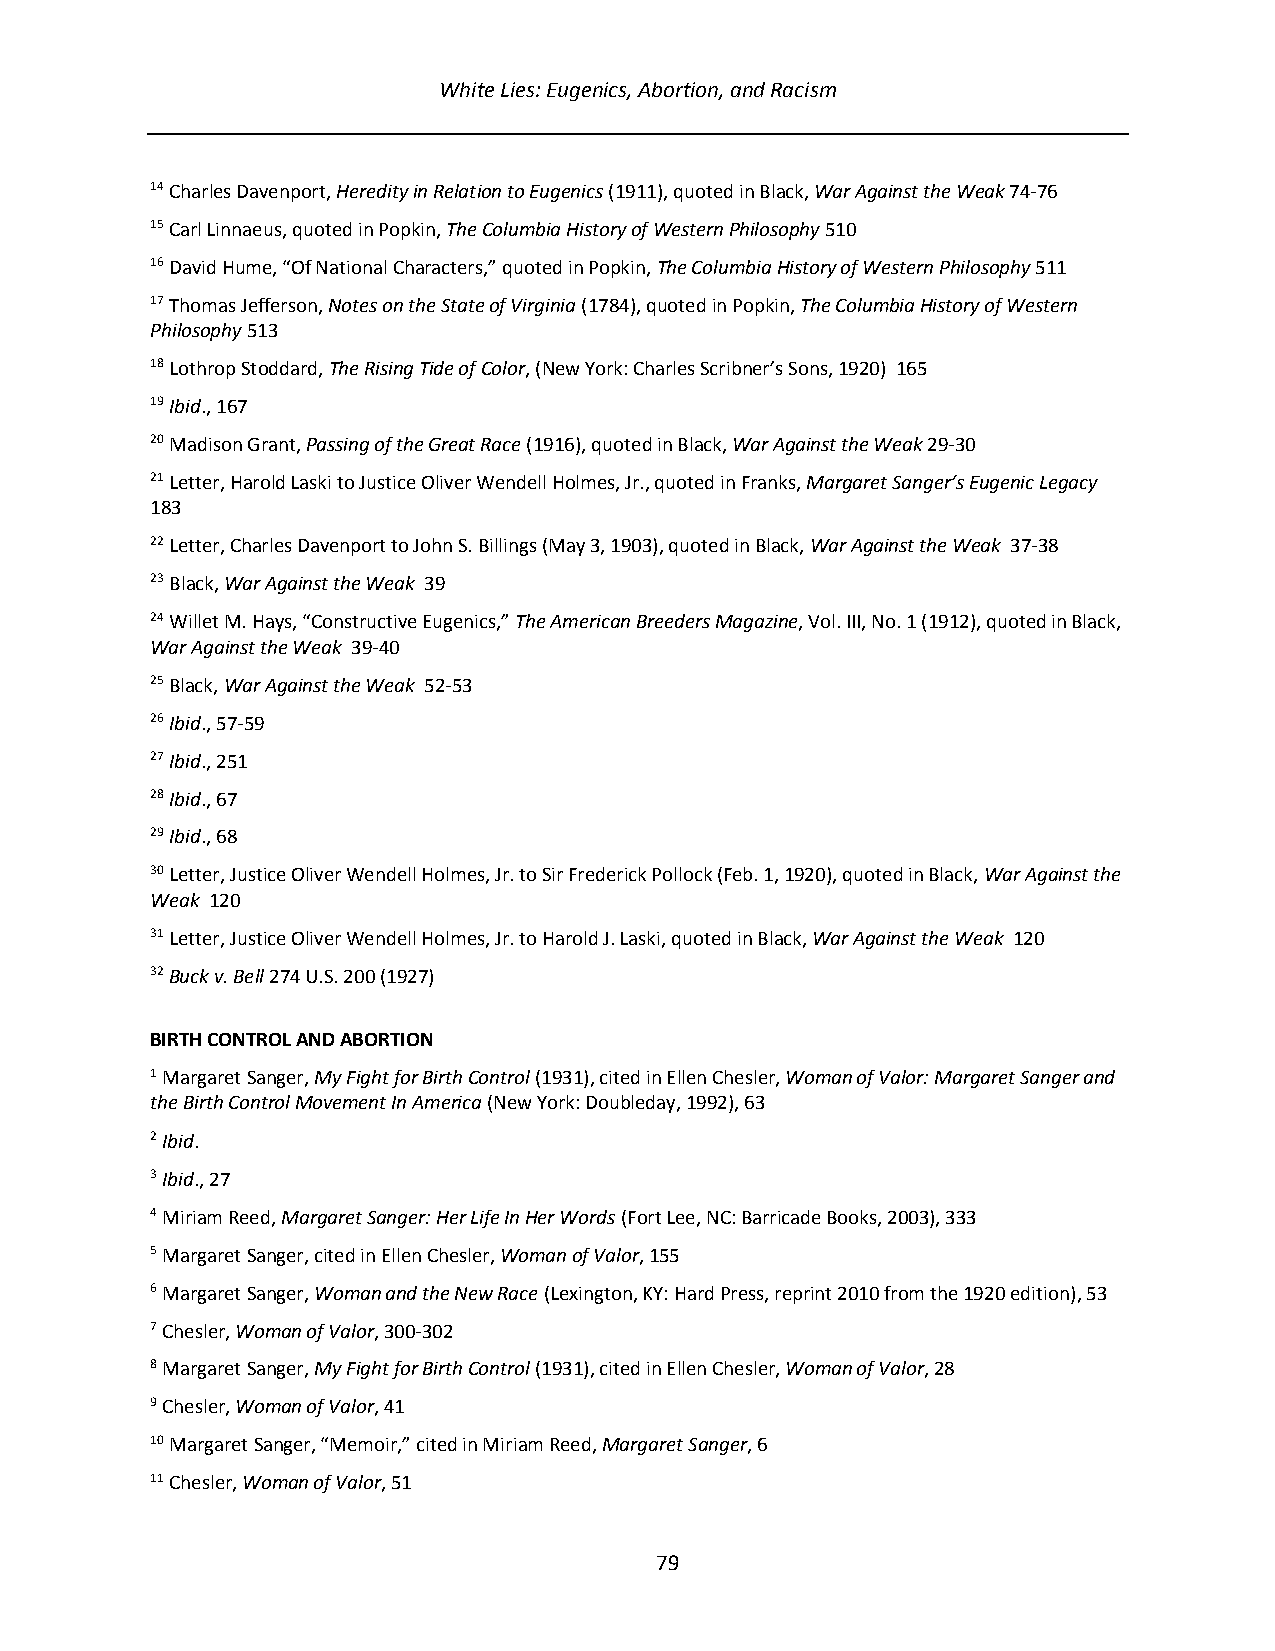
White Lies: Eugenics, Abortion, and Racism
 14 Charles Davenport, Heredity in Relation to Eugenics (1911), quoted in Black, War Against the Weak 74-76
 15 Carl Linnaeus, quoted in Popkin, The Columbia History of Western Philosophy 510
 16 David Hume, “Of National Characters,” quoted in Popkin, The Columbia History of Western Philosophy 511
 17 Thomas Jefferson, Notes on the State of Virginia (1784), quoted in Popkin, The Columbia History of Western
 Philosophy 513
 18 Lothrop Stoddard, The Rising Tide of Color, (New York: Charles Scribner’s Sons, 1920) 165
 19 Ibid., 167
 20 Madison Grant, Passing of the Great Race (1916), quoted in Black, War Against the Weak 29-30
 21 Letter, Harold Laski to Justice Oliver Wendell Holmes, Jr., quoted in Franks, Margaret Sanger’s Eugenic Legacy
 183
 22 Letter, Charles Davenport to John S. Billings (May 3, 1903), quoted in Black, War Against the Weak 37-38
 23 Black, War Against the Weak 39
 24 Willet M. Hays, “Constructive Eugenics,” The American Breeders Magazine, Vol. III, No. 1 (1912), quoted in Black,
 War Against the Weak 39-40
 25 Black, War Against the Weak 52-53
 26 Ibid., 57-59
 27 Ibid., 251
 28 Ibid., 67
 29 Ibid., 68
 30 Letter, Justice Oliver Wendell Holmes, Jr. to Sir Frederick Pollock (Feb. 1, 1920), quoted in Black, War Against the
 Weak 120
 31 Letter, Justice Oliver Wendell Holmes, Jr. to Harold J. Laski, quoted in Black, War Against the Weak 120
 32 Buck v. Bell 274 U.S. 200 (1927)
 BIRTH CONTROL AND ABORTION
 1 Margaret Sanger, My Fight for Birth Control (1931), cited in Ellen Chesler, Woman of Valor: Margaret Sanger and
 the Birth Control Movement In America (New York: Doubleday, 1992), 63
 2 Ibid.
 3 Ibid., 27
 4 Miriam Reed, Margaret Sanger: Her Life In Her Words (Fort Lee, NC: Barricade Books, 2003), 333
 5 Margaret Sanger, cited in Ellen Chesler, Woman of Valor, 155
 6 Margaret Sanger, Woman and the New Race (Lexington, KY: Hard Press, reprint 2010 from the 1920 edition), 53
 7 Chesler, Woman of Valor, 300-302
 8 Margaret Sanger, My Fight for Birth Control (1931), cited in Ellen Chesler, Woman of Valor, 28
 9 Chesler, Woman of Valor, 41
 10 Margaret Sanger, “Memoir,” cited in Miriam Reed, Margaret Sanger, 6
 11 Chesler, Woman of Valor, 51
 79